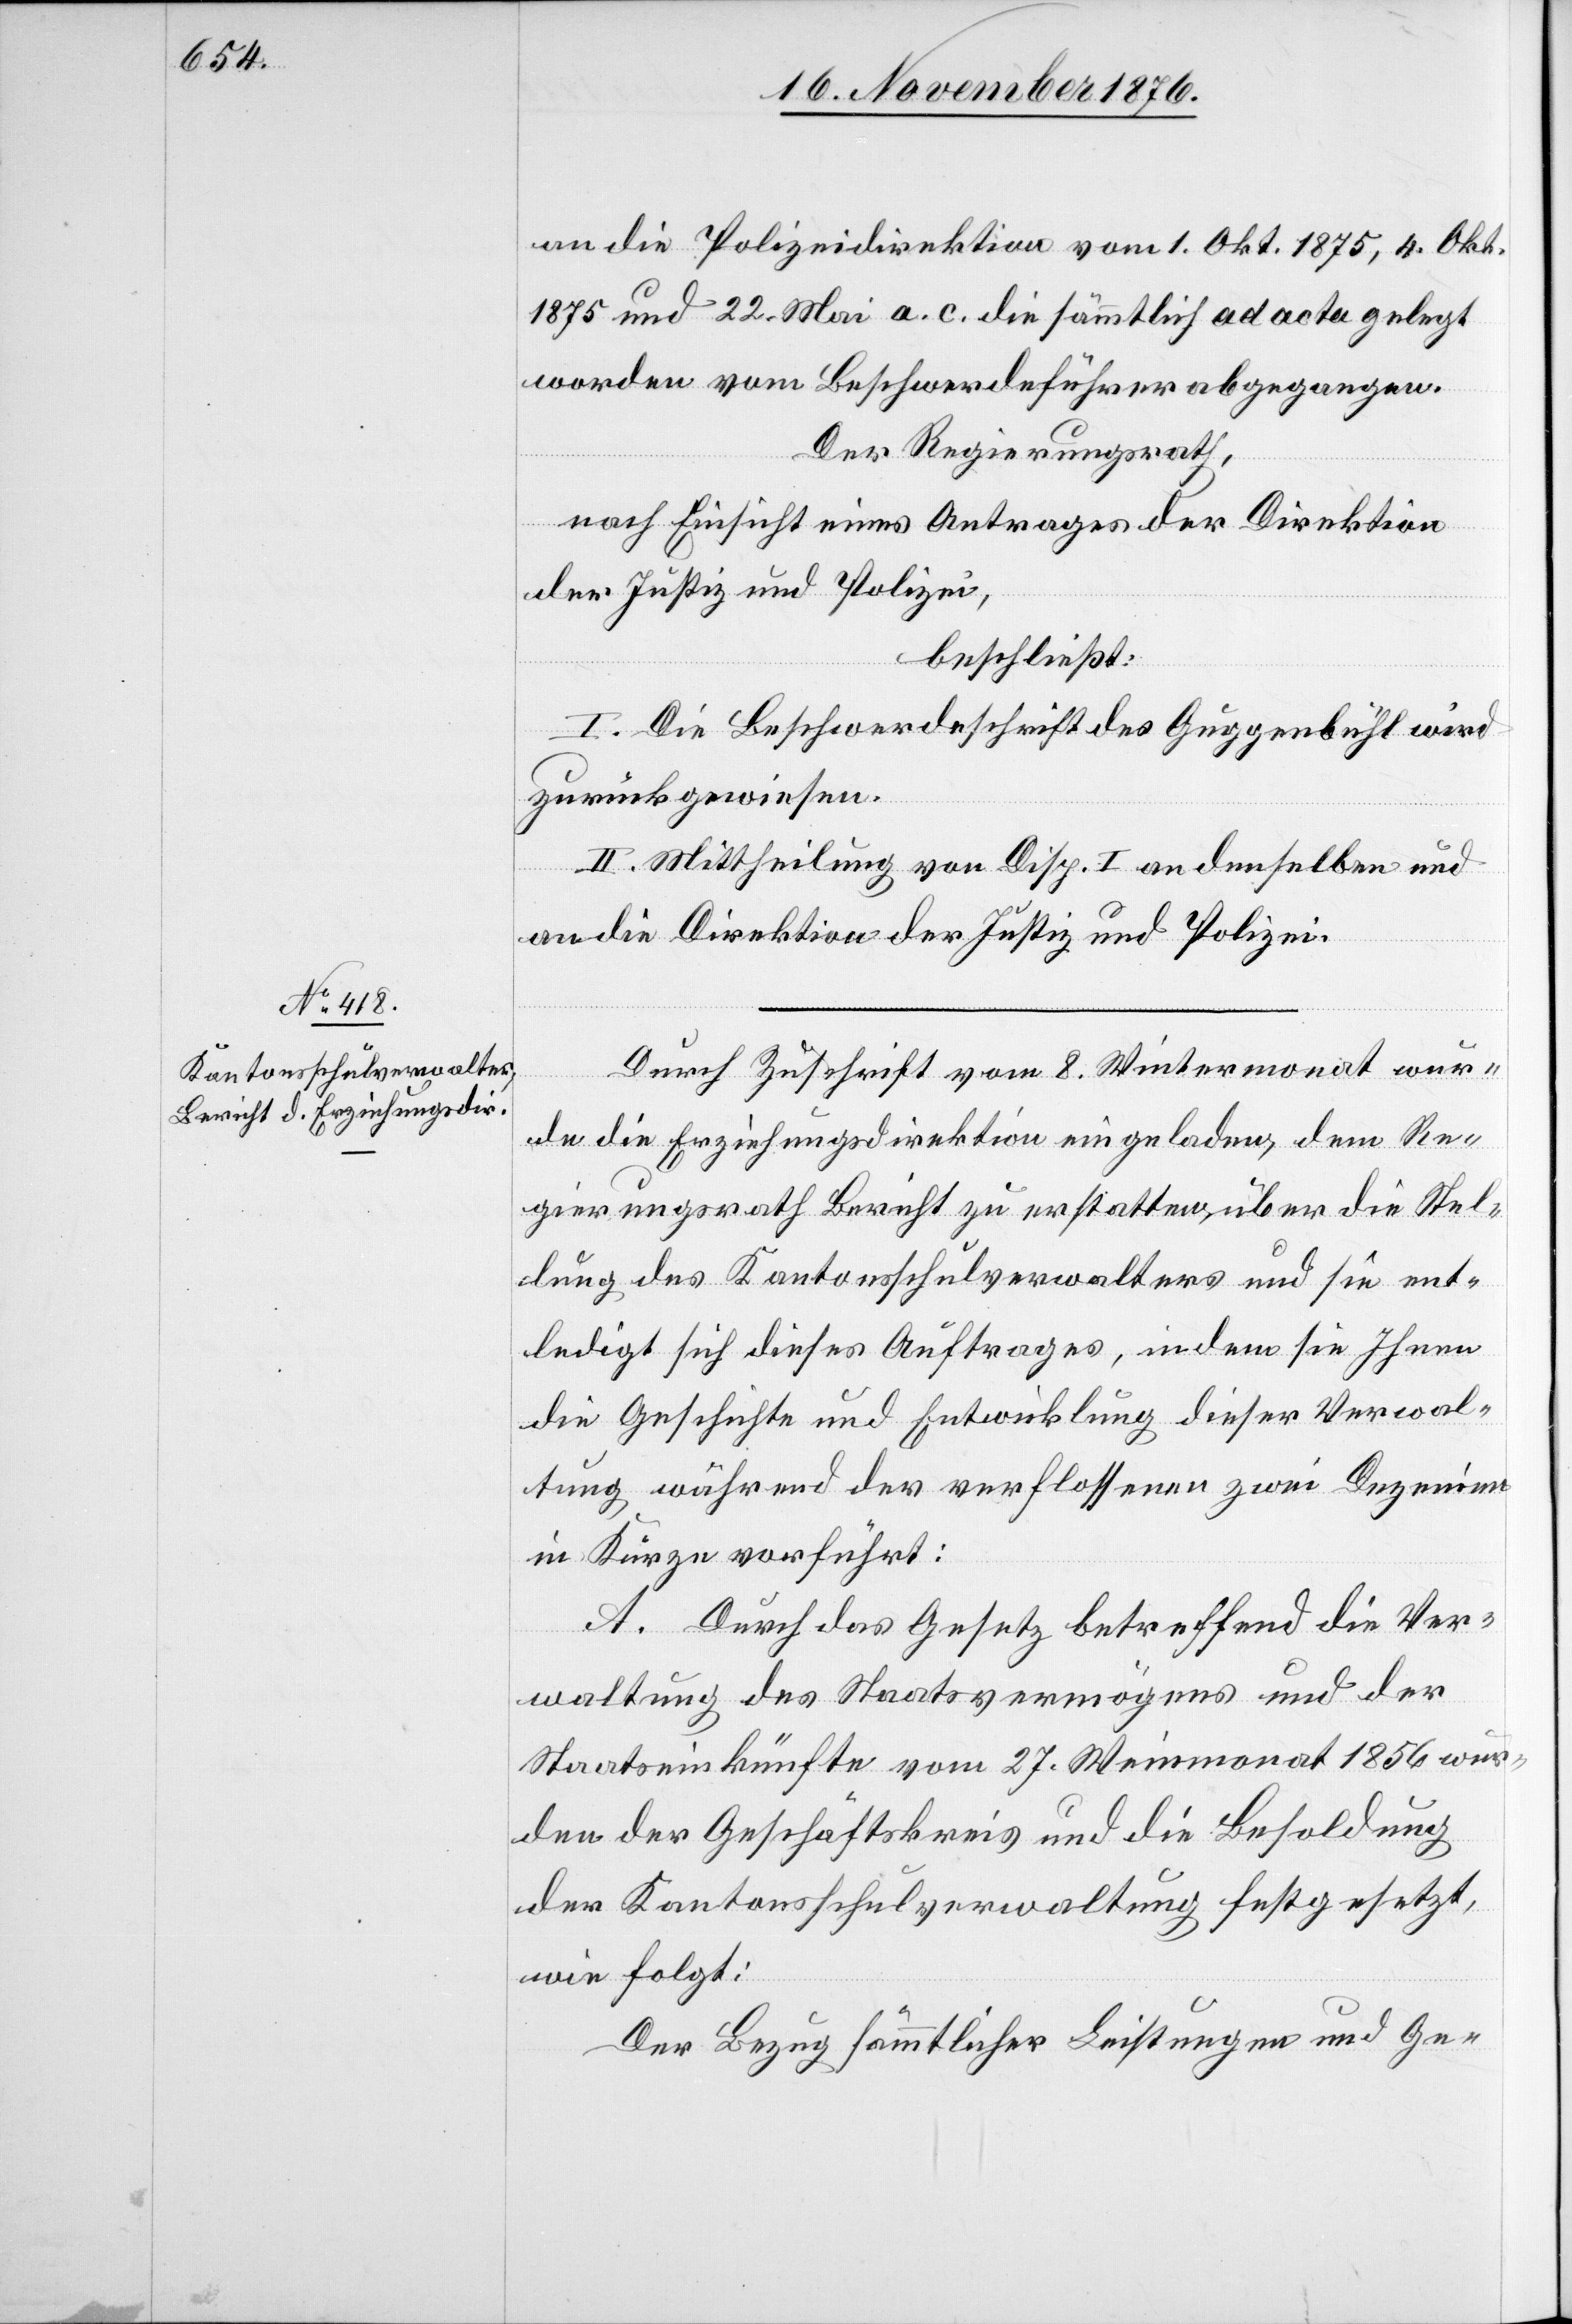
an die Polizeidirektion vom 1. Okt. 1875, 4. Okt.
1875 und 22. Mai a. c. die sämmtlich ad acta gelegt
worden vom Beschwerdeführer abgegangen.
Der Regierungsrath,
nach Einsicht eines Antrages der Direktion
der Justiz und Polizei,
beschließt:
I. Die Beschwerdeschrift des Guggenbühl wird
zurückgewiesen.
II. Mittheilung von Disp. I an denselben und
an die Direktion der Justiz und Polizei.
Durch Zuschrift vom 8. Wintermonat wur¬
de die Erziehungsdirektion eingeladen, dem Re¬
gierungsrath Bericht zu erstatten, über die Stel¬
lung des Kantonsschulverwalters und sie ent¬
ledigt sich dieses Auftrages, indem sie Ihnen
die Geschichte und Entwicklung dieser Verwal¬
tung während der verflossenen zwei Dezennien
in Kürze vorführt:
A. Durch das Gesetz betreffend die Ver¬
waltung des Staatsvermögens und der
Staatseinkünfte vom 27. Weinmonat 1856 wur¬
den der Geschäftskreis und die Besoldung
der Kantonsschulverwaltung festgesetzt,
wie folgt:
Der Bezug sämmtlicher Leistungen und Ge-